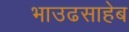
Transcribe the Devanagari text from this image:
भाउढसाहेब